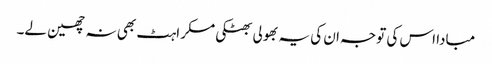
مبادا اس کی توجہ ان کی یہ بھولی بھٹکی مسکراہٹ بھی نہ چھین لے۔